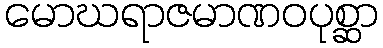
မောဃရာဇမာဏဝပုစ္ဆာ